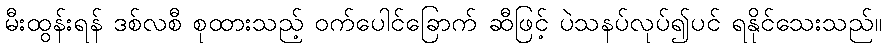
မီးထွန်းရန် ဒစ်လစီ စုထားသည့် ဝက်ပေါင်ခြောက် ဆီဖြင့် ပဲသနပ်လုပ်၍ပင် ရနိုင်သေးသည်။